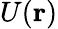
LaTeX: U({\mathbf{r}})